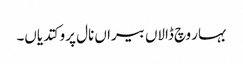
بہار وچ ڈالاں بیراں نال پرو کتدیاں۔